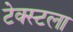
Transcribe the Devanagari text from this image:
टेक्स्टला